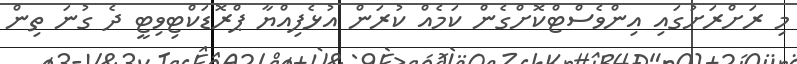
މި ރަށްރަށުގައި އިންވެސްޓްކޮށްގެން ކަމެއް ކުރަން އުޅެފިއްޔާ ޕްރޮޑަކްޓިވިޓީ ދެ ގުނަ ތިން